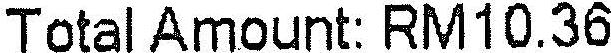
TOTAL AMOUNT: RM10.36